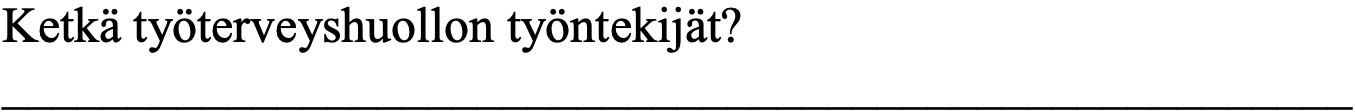
Ketkä työterveyshuollon työntekijät? ______________________________________________________